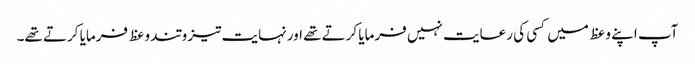
آپ اپنے وعظ میں کسی کی رعایت نہیں فرمایا کرتے تھے اورنہایت تیز و تند وعظ فرمایا کرتے تھے۔